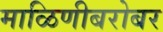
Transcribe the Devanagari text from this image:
माळिणीबरोबर